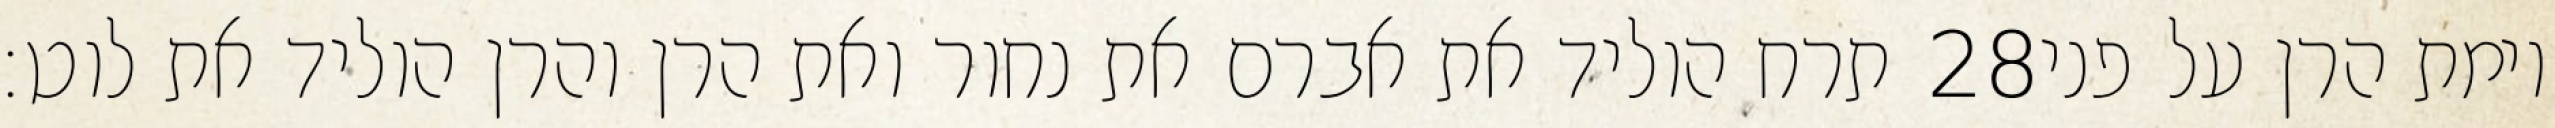
תרח הוליד את אברם את נחור ואת הרן והרן הוליד את לוט׃ ‎28‏ וימת הרן על פני